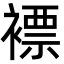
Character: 褾